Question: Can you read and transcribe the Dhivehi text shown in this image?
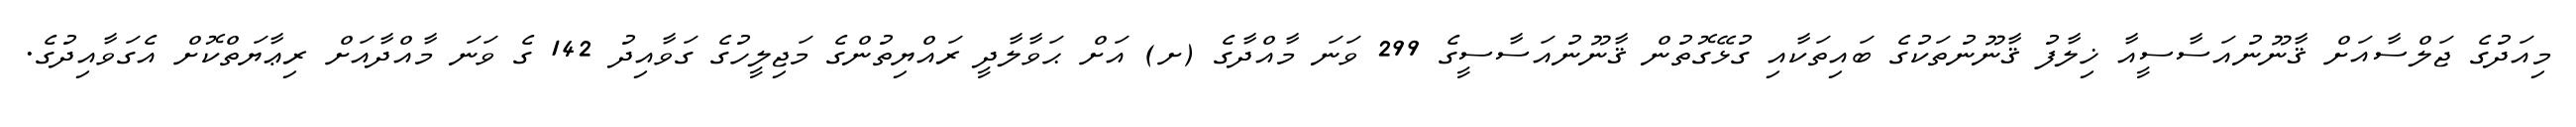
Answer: މިއަދުގެ ޖަލްސާއަށް ޤާނޫނުއަސާސީއާ ޚިލާފު ޤާނޫނުތަކުގެ ބައިތަކާއި ގުޅޭގޮތުން ޤާނޫނުއަސާސީގެ 299 ވަނަ މާއްދާގެ (ށ) އަށް ޙަވާލާދީ ރައްޔިތުންގެ މަޖިލީހުގެ ގަވާއިދު 142 ގެ ވަނަ މާއްދާއަށް ރިޢާޔަތްކޮށް އެގަވާއިދުގެ.